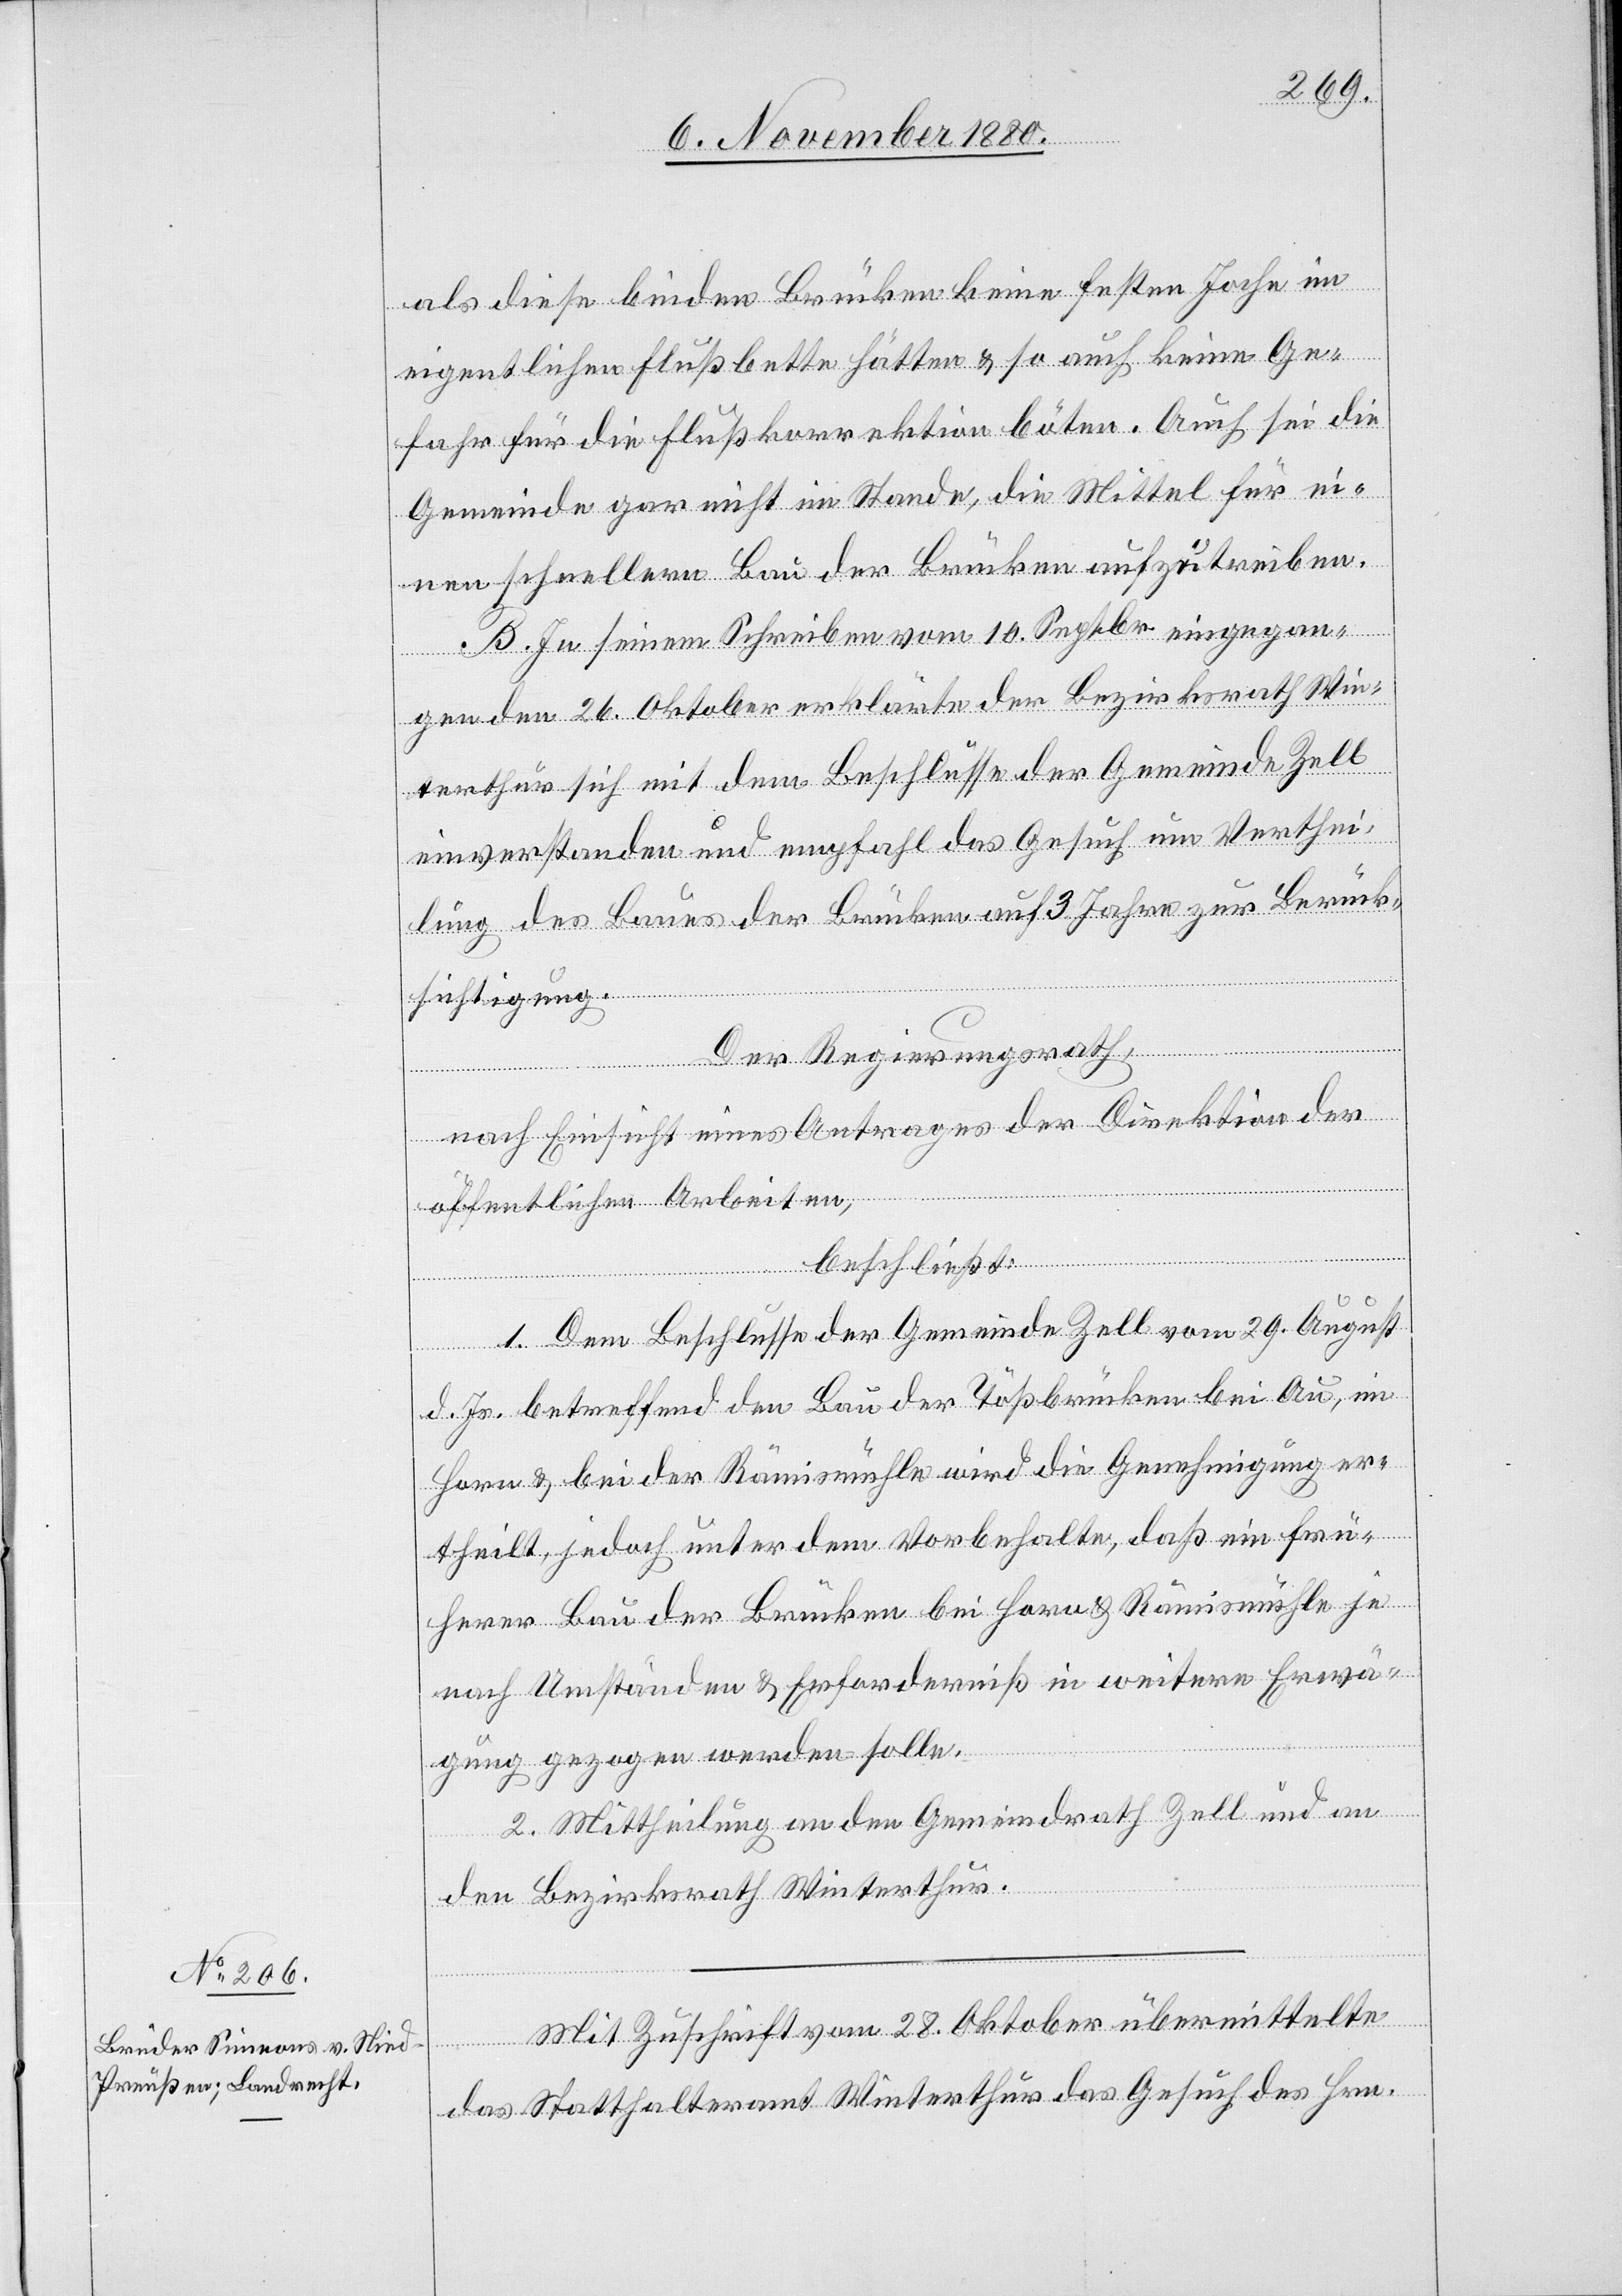
als diese beiden Brücken keine festen Joche im
eigentlichen Flußbette hätten & so auch keine Ge¬
fahr für die Flußkorrektion böten. Auch sei die
Gemeinde gar nicht im Stande, die Mittel für e¬
inen schnellern Bau der Brücken aufzutreiben.
B. In seinem Schreiben vom 10. Septbr. eingegan¬
gen den 26. Oktober erklärte der Bezirksrath Win¬
terthur sich mit dem Beschlusse der Gemeinde Zell
einverstanden und empfahl das Gesuch um Verthei¬
lung des Baues der Brücken auf 3 Jahre zur Berück¬
sichtigung.
Der Regierungsrath,
nach Einsicht eines Antrages der Direktion der
öffentlichen Arbeiten,
beschließt:
1. Dem Beschlusse der Gemeinde Zell vom 29. August
d. Js. betreffend den Bau der Tößbrücken bei Au, im
Horn & bei der Rämismühle wird die Genehmigung er¬
theilt, jedoch unter dem Vorbehalte, daß ein frü¬
herer Bau der Brücken bei Horn & Rämismühle je
nach Umständen & Erforderniß in weitere Erwä¬
gung gezogen werden solle.
2. Mittheilung an den Gemeindrath Zell und an
den Bezirksrath Winterthur.
Mit Zuschrift vom 28. Oktober übermittelte
das Statthalteramt Winterthur das Gesuch des Hrn.